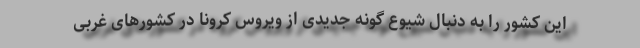
این کشور را به دنبال شیوع گونه جدیدی از ویروس کرونا در کشورهای غربی